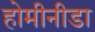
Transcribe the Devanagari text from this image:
होमीनीडा